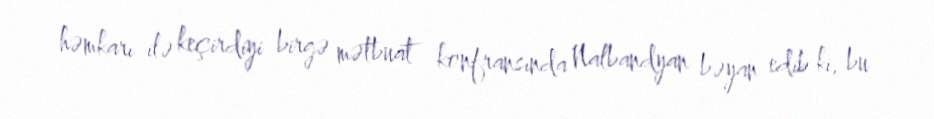
həmkarı ilə keçirdiyi birgə mətbuat konfransında Nalbandyan bəyan edib ki, bu